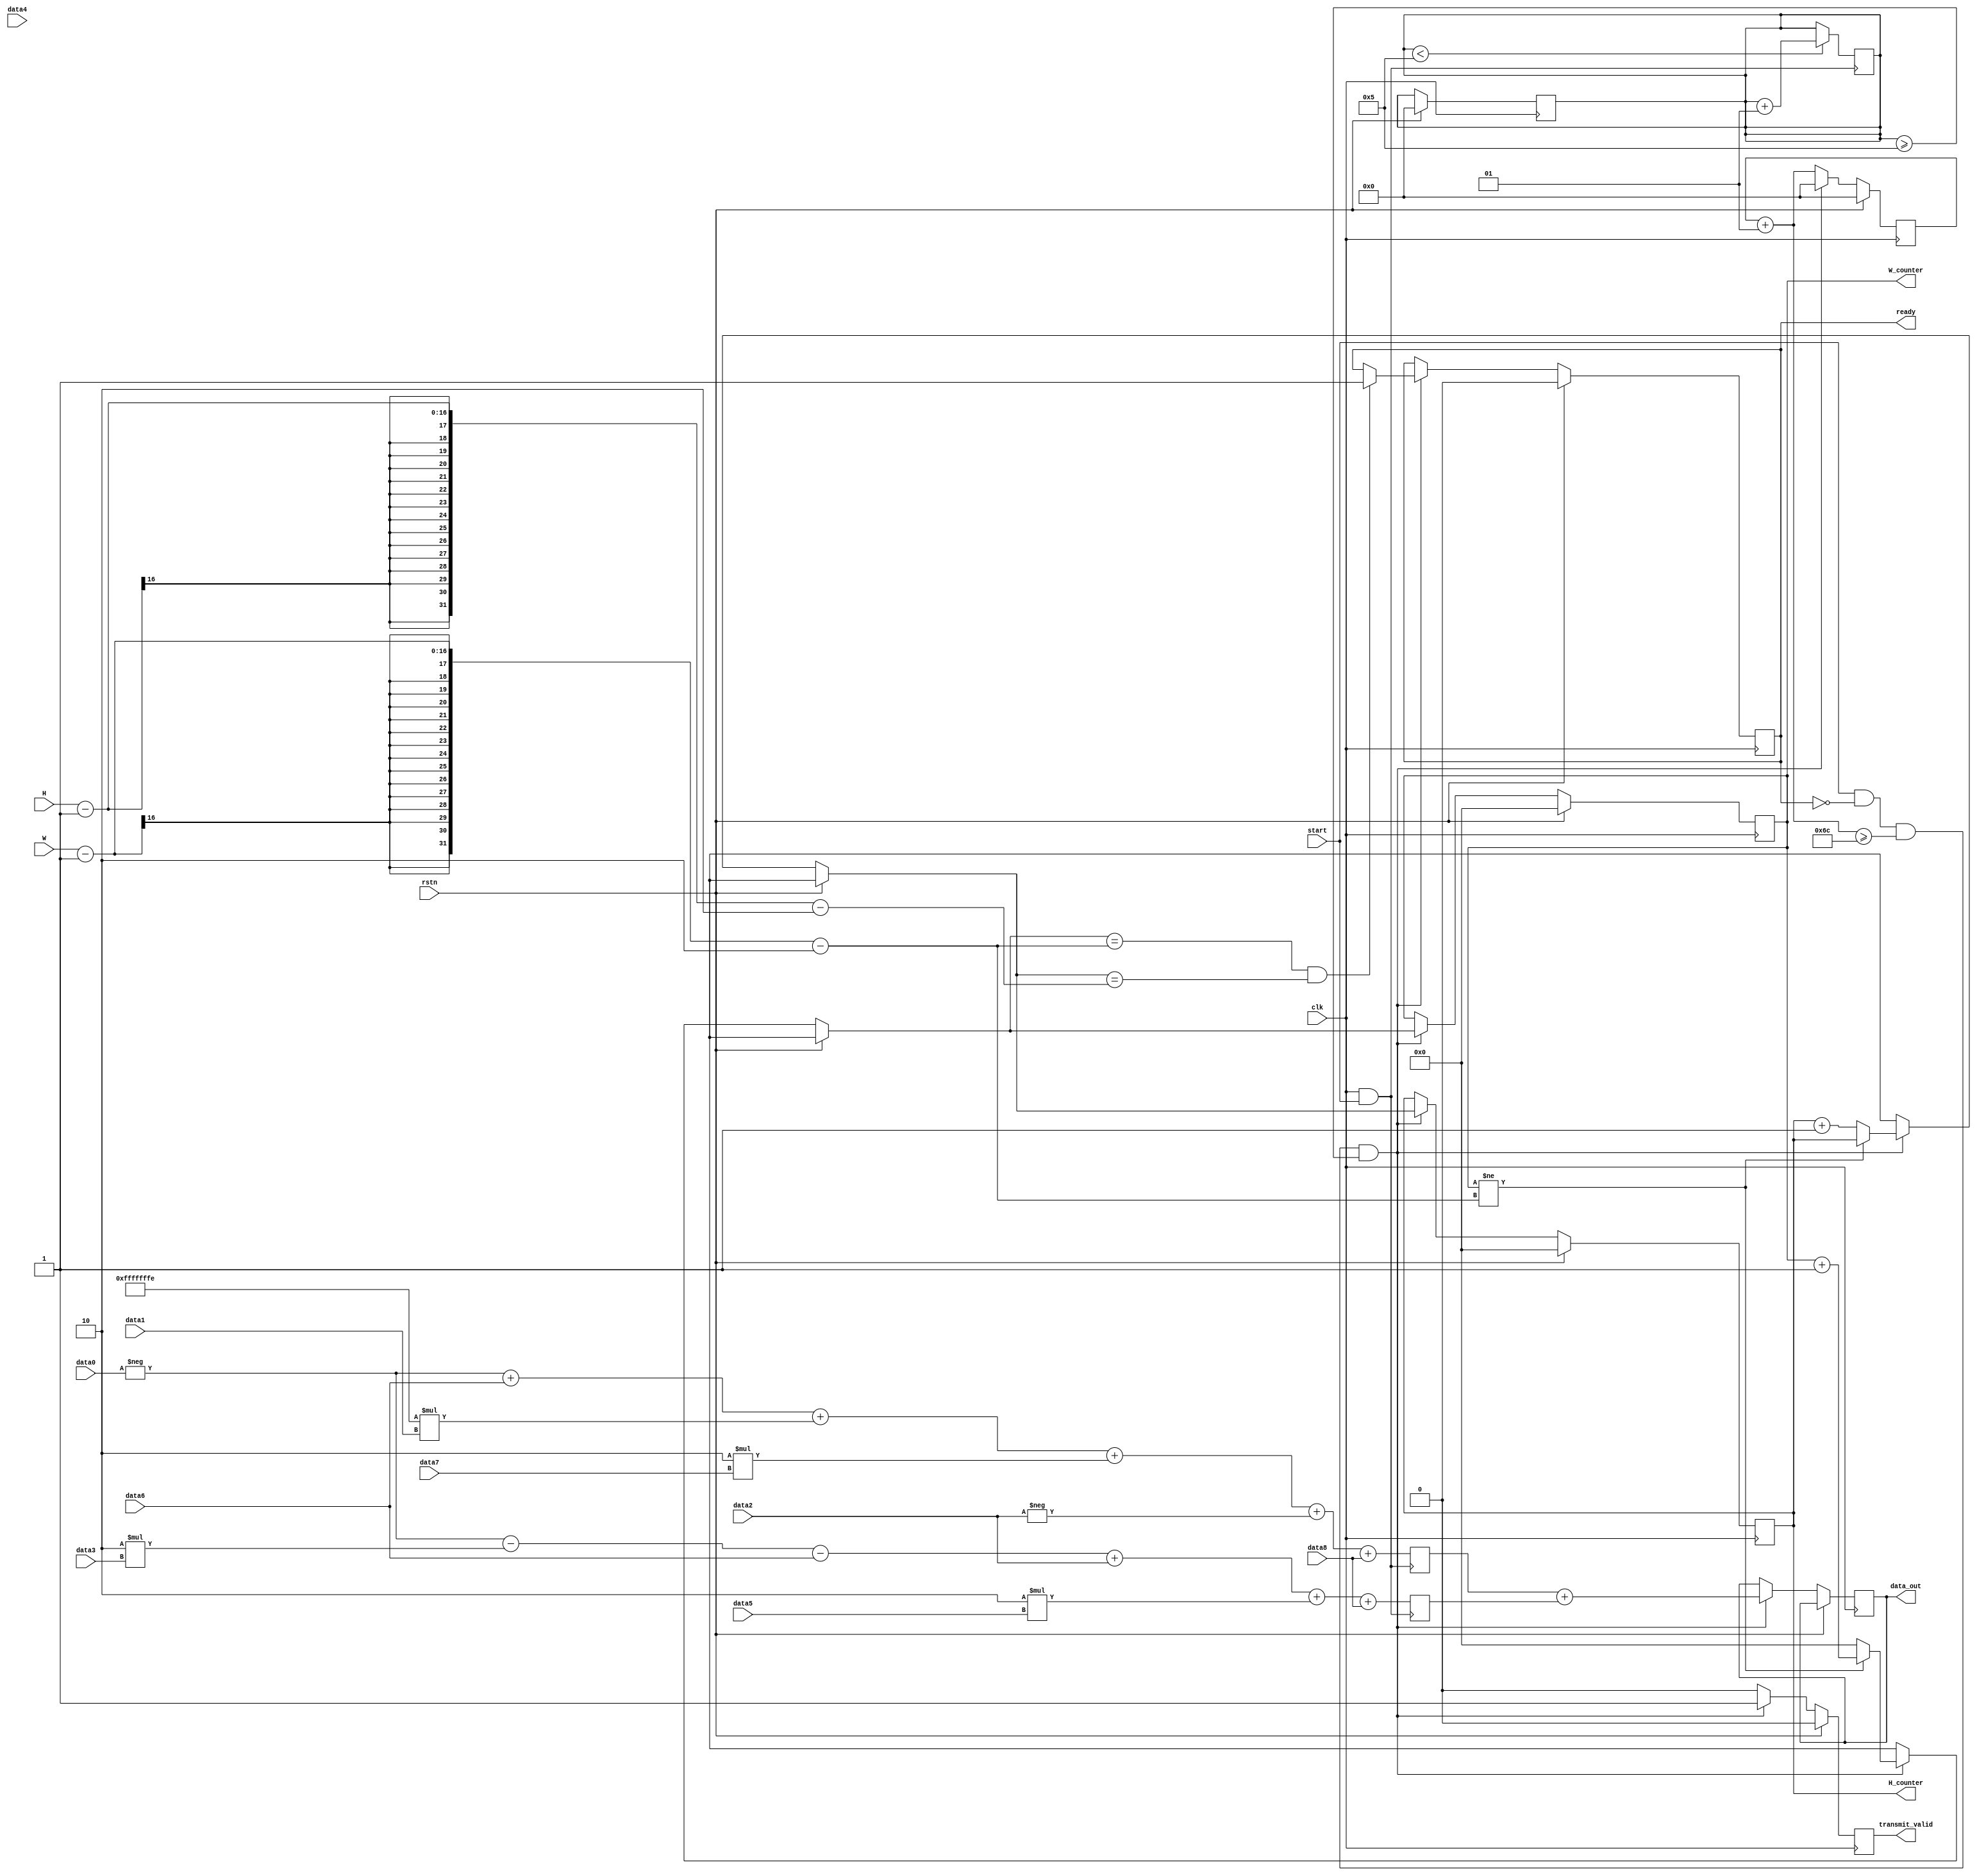
`timescale 1ns / 1ps

module sobel #(parameter BAUD_VAL =9)
    (
        input clk,
        input rstn,
        input start,
        input [7:0] data0,
        input [7:0] data1,
        input [7:0] data2,
        input [7:0] data3,
        input [7:0] data4,
        input [7:0] data5,
        input [7:0] data6,
        input [7:0] data7,
        input [7:0] data8,
        output reg[15:0] W_counter  ,
        output reg[15:0] H_counter ,
        output reg [7:0]data_out,
        output reg ready,
        output reg transmit_valid,
        input [15:0]H,
        input [15:0]W 

    );    
    
                
    reg signed[15:0]   Gx = 0,
                       Gy = 0;
            
    integer first_time = 0;
    reg final = 0;
    
    integer count = 0;
     
    always @(posedge clk) begin
        if(rstn) begin
            first_time = 0;
            W_counter <=0;
            H_counter <= 0; 
            ready  <= 0;
            count = 0;
            final <= 0;
            transmit_valid = 1'b0;
        end else begin
            count = count + 1;
            if(start && !ready && (count >= 12 * BAUD_VAL) && (first_time >= 5)) begin
                count = 0;
                data_out = Gx + Gy;
                
    //            if (Gx + Gy > 8'd200) begin
    //                data_out = 8'd255;
    //            end else begin
    //                data_out = 8'd0;
    //            end
                
                transmit_valid = 1'b1;    
                if(W_counter != W-1-2) begin
                    W_counter = W_counter + 1;              
                end else begin
                    W_counter = 0;
                    H_counter = H_counter + 1;
                end
                if(W_counter == W-1-2    &&   H_counter == H-1-2) begin
                    ready <= 1;
                end
            end else begin
                transmit_valid = 1'b0;
            end
            
        end
    end
    
    
    
    always @(posedge clk && start) begin
        
        if (first_time < 5) begin
            first_time = first_time + 1;
        end
        Gx =    -data0 + data6          +
                 -2*data1 + 2*data7  +
                 -data2 + data8     ;
                 
        Gy =   -data0 - 2*data3 - data6      +
                 data2 + 2*data5 + data8  ;
    end
        
        
    
endmodule